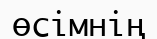
өсімнің